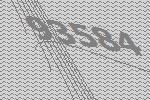
93584